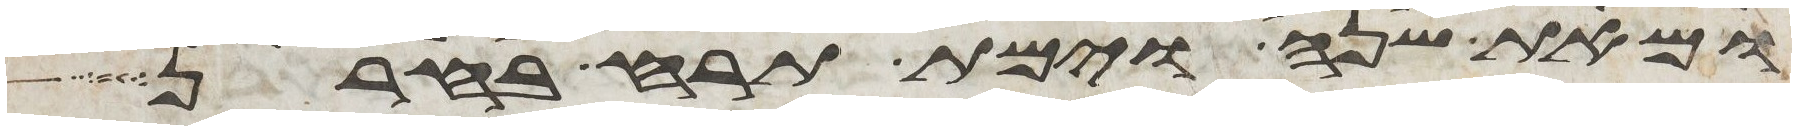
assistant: ומאת שנה וימת תרח בחרן